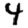
Digit: 4